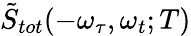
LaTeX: \tilde{S}_{tot}(-\omega_{\tau},\omega_{t};T)